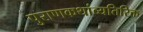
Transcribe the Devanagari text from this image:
पुराणकथांव्यतिरिक्त